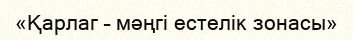
«Қарлаг – мәңгі естелік зонасы»